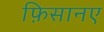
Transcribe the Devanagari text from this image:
फ़िसानए